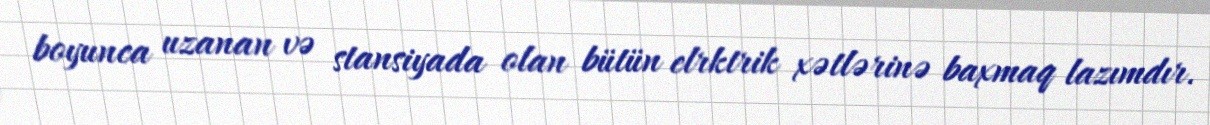
boyunca uzanan və stansiyada olan bütün elrktrik xətlərinə baxmaq lazımdır.